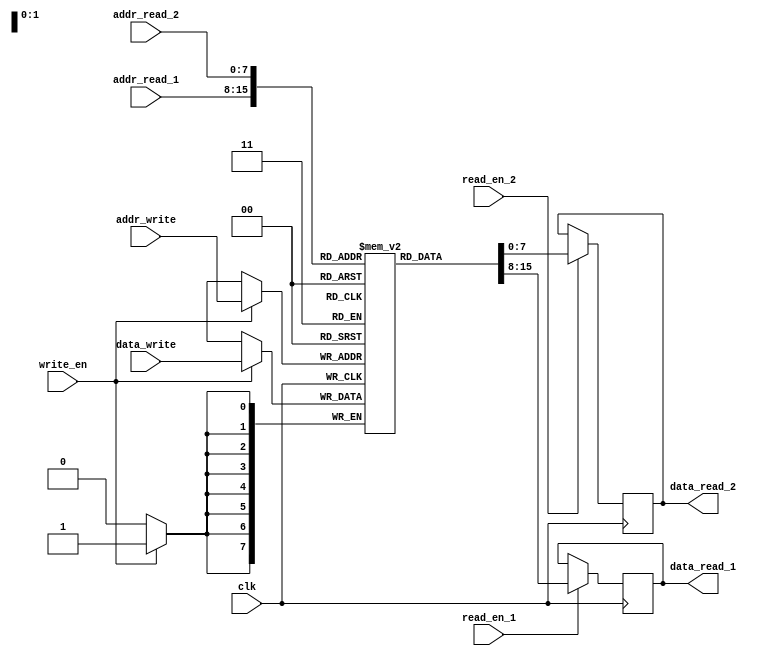
module dual_port_ram (
    input wire clk,
    input wire [7:0] addr_write,
    input wire [7:0] data_write,
    input wire write_en,
    input wire [7:0] addr_read_1,
    output reg [7:0] data_read_1,
    input wire read_en_1,
    input wire [7:0] addr_read_2,
    output reg [7:0] data_read_2,
    input wire read_en_2
);

reg [7:0] memory [0:255];

always @(posedge clk) begin
    if(write_en) begin
        memory[addr_write] <= data_write;
    end
    if(read_en_1) begin
        data_read_1 <= memory[addr_read_1];
    end
    if(read_en_2) begin
        data_read_2 <= memory[addr_read_2];
    end
end

endmodule